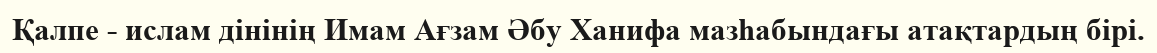
Қалпе - ислам дінінің Имам Ағзам Әбу Ханифа мазһабындағы атақтардың бірі.